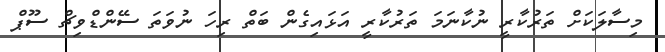
މިސާލަކަށް ތަރުކާރީ ނުކާނަމަ ތަރުކާރީ އަޅައިގެން ބަތް ރިހަ ނުވަތަ ސޭންޑްވިޗް ސޫޕް